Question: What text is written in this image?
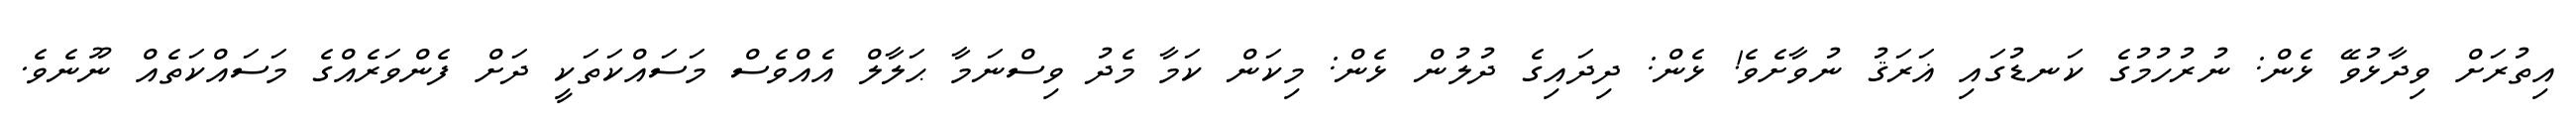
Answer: އިތުރަށް ވިދާޅުވޭ ޅެން: ނުރުހުމުގެ ކަނޑުގައި ޣަރަޤު ނުވާށެވެ! ޅެން: ދިދައިގެ ދުލުން ޅެން: މިކަން ކަމާ މެދު ވިސްނަމާ ޙަލާލް އެއްވެސް މަސައްކަތަކީ ދަށް ފެންވަރެއްގެ މަސައްކަތެއް ނޫނެވެ.